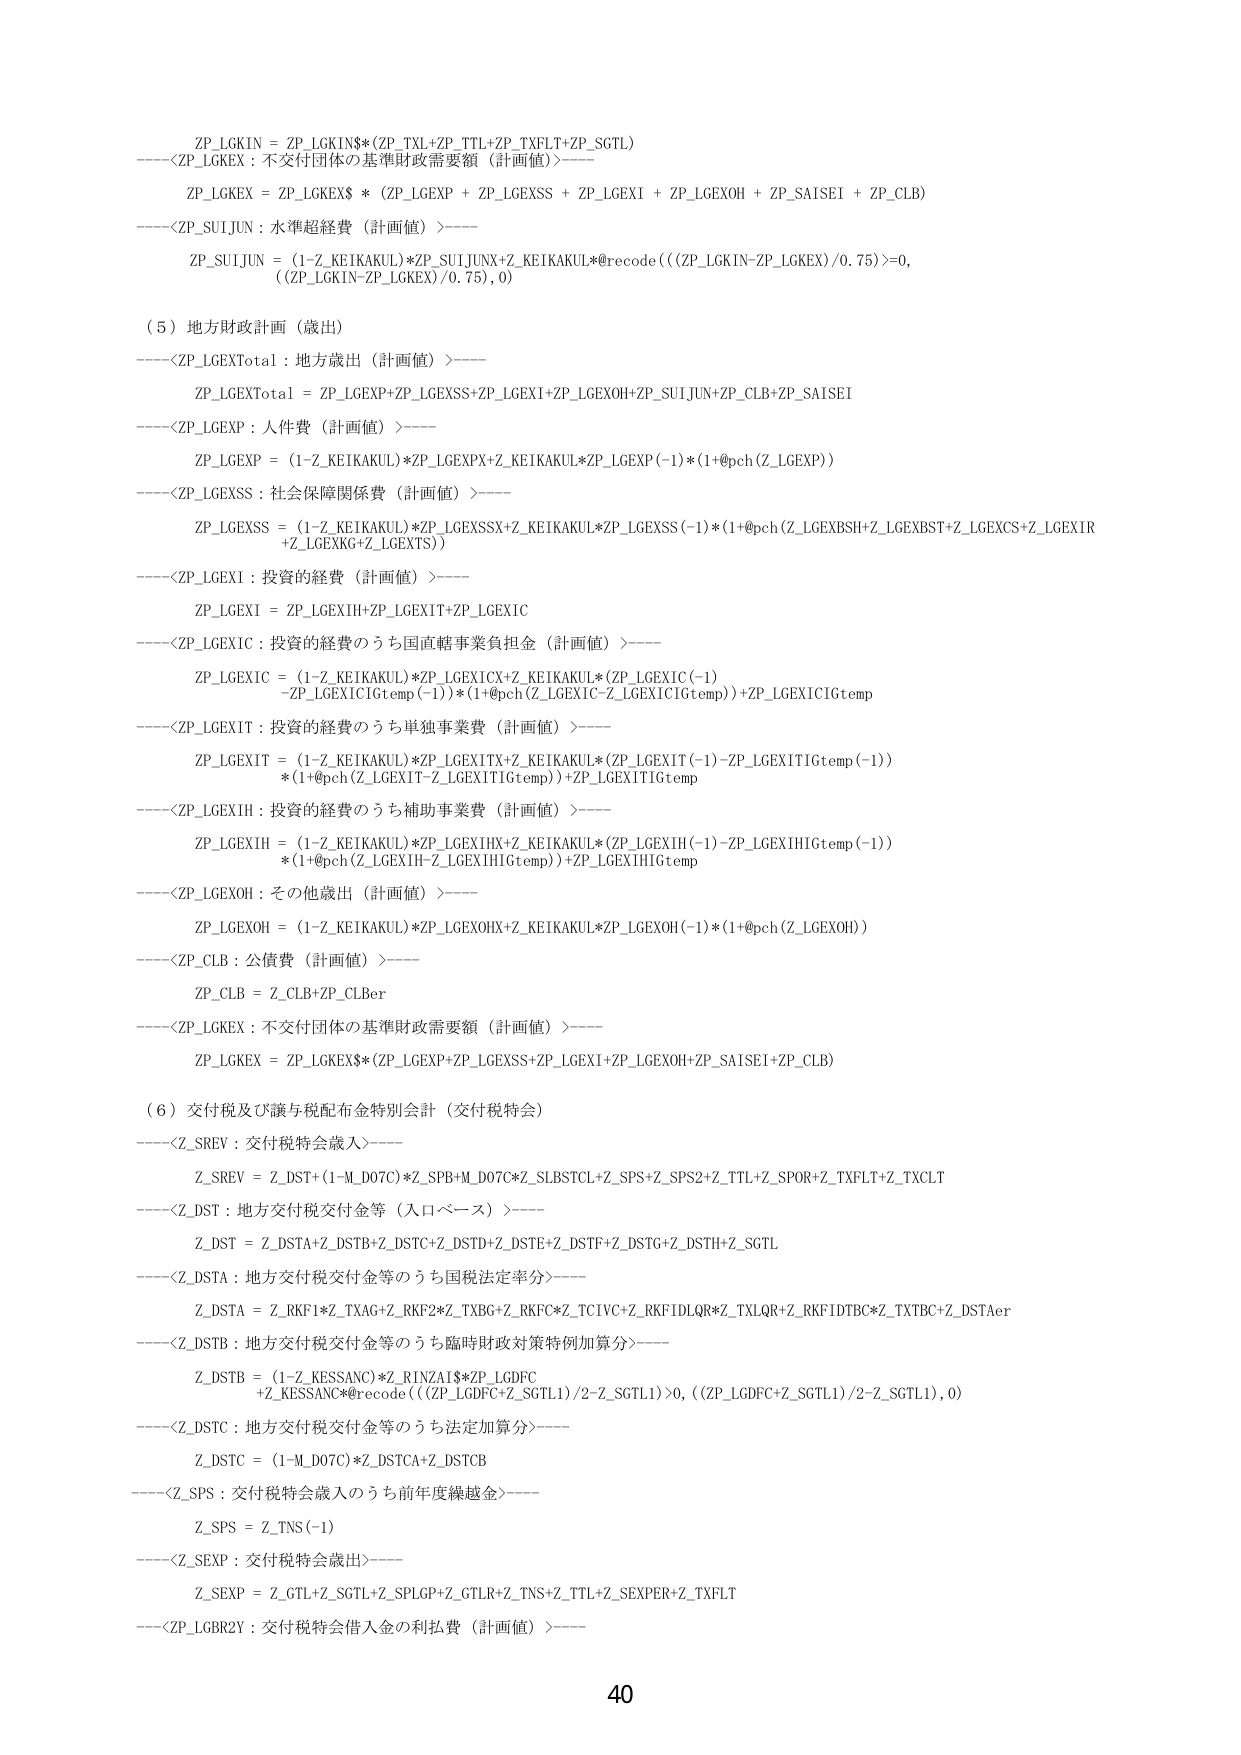
ZP_LGKIN = ZP_LGKIN$(ZP_TXL+ZP_TTL+ZP_TXFLT+ZP_SGTL)
----<ZP_LGKEX : 不交付団体の基準財政需要額（計画値）>----
ZP_LGKEX = ZP_LGKEX$ * (ZP_LGEXP + ZP_LGEXSS + ZP_LGEXI + ZP_LGEXOH + ZP_SAISEI + ZP_CLB)
----<ZP_SUIJUN : 水準超経費（計画値）>----
ZP_SUIJUN = (1-Z_KEIKAKUL)*ZP_SUIJUNX+Z_KEIKAKUL*@recode(((ZP_LGKIN-ZP_LGKEX)/0.75)>=0, ((ZP_LGKIN-ZP_LGKEX)/0.75), 0)

（5）地方財政計画（歳出）
----<ZP_LGEXTotal : 地方歳出（計画値）>----
ZP_LGEXTotal = ZP_LGEXP+ZP_LGEXSS+ZP_LGEXI+ZP_LGEXOH+ZP_SUIJUN+ZP_CLB+ZP_SAISEI
----<ZP_LGEXP : 人件費（計画値）>----
ZP_LGEXP = (1-Z_KEIKAKUL)*ZP_LGEXPX+Z_KEIKAKUL*ZP_LGEXP(-1)*(1+@pch(Z_LGEXP))
----<ZP_LGEXSS : 社会保障関係費（計画値）>----
ZP_LGEXSS = (1-Z_KEIKAKUL)*ZP_LGEXSSX+Z_KEIKAKUL*ZP_LGEXSS(-1)*(1+@pch(Z_LGEXBSH+Z_LGEXBST+Z_LGEXCS+Z_LGEXIR +Z_LGEXKG+Z_LGEXTS))
----<ZP_LGEXI : 投資の経費（計画値）>----
ZP_LGEXI = ZP_LGEXIH+ZP_LGEXIT+ZP_LGEXIC
----<ZP_LGEXIC : 投資の経費のうち国直轄事業負担金（計画値）>----
ZP_LGEXIC = (1-Z_KEIKAKUL)*ZP_LGEXICX+Z_KEIKAKUL*(ZP_LGEXIC(-1) -ZP_LGEXICIGtemp(-1))*(1+@pch(Z_LGEXIC-Z_LGEXICIGtemp))+ZP_LGEXICIGtemp
----<ZP_LGEXIT : 投資の経費のうち単独事業費（計画値）>----
ZP_LGEXIT = (1-Z_KEIKAKUL)*ZP_LGEXITX+Z_KEIKAKUL*(ZP_LGEXIT(-1)-ZP_LGEXITIGtemp(-1)) *(1+@pch(Z_LGEXIT-Z_LGEXITIGtemp))+ZP_LGEXITIGtemp
----<ZP_LGEXIH : 投資の経費のうち補助事業費（計画値）>----
ZP_LGEXIH = (1-Z_KEIKAKUL)*ZP_LGEXIHX+Z_KEIKAKUL*(ZP_LGEXIH(-1)-ZP_LGEXIHIGtemp(-1)) *(1+@pch(Z_LGEXIH-Z_LGEXIHIGtemp))+ZP_LGEXIHIGtemp
----<ZP_LGEXOH : その他歳出（計画値）>----
ZP_LGEXOH = (1-Z_KEIKAKUL)*ZP_LGEXOHX+Z_KEIKAKUL*ZP_LGEXOH(-1)*(1+@pch(Z_LGEXOH))
----<ZP_CLB : 公債費（計画値）>----
ZP_CLB = Z_CLB+ZP_CLBer
----<ZP_LGKEX : 不交付団体の基準財政需要額（計画値）>----
ZP_LGKEX = ZP_LGKEX$(ZP_LGEXP+ZP_LGEXSS+ZP_LGEXI+ZP_LGEXOH+ZP_SAISEI+ZP_CLB)

（6）交付税及び譲与税配布金特別会計（交付税特会）
----<Z_SREV : 交付税特会歳入>----
Z_SREV = Z_DST+(1-M_D07C)*Z_SPB+M_D07C*Z_SLBSTCL+Z_SPS+Z_SPS2+Z_TTL+Z_SPOR+Z_TXFLT+Z_TXCLT
----<Z_DST : 地方交付税交付金等（人口ベース）>----
Z_DST = Z_DSTA+Z_DSTB+Z_DSTC+Z_DSTD+Z_DSTE+Z_DSTF+Z_DSTG+Z_DSTH+Z_SGTL
----<Z_DSTA : 地方交付税交付金等のうち国税法定率分>----
Z_DSTA = Z_RKF1*Z_TXAG+Z_RKF2*Z_TXBG+Z_RKFC*Z_TCIVC+Z_RKFIDLQR*Z_TXLQR+Z_RKFIDTBC*Z_TXTBC+Z_DSTAer
----<Z_DSTB : 地方交付税交付金等のうち臨時財政対策特例加算分>----
Z_DSTB = (1-Z_KESSANC)*Z_RINZAI$*ZP_LGDFC +Z_KESSANC*@recode(((ZP_LGDFC+Z_SGTL1)/2-Z_SGTL1)>=0, ((ZP_LGDFC+Z_SGTL1)/2-Z_SGTL1), 0)
----<Z_DSTC : 地方交付税交付金等のうち法定加算分>----
Z_DSTC = (1-M_D07C)*Z_DSTCA+Z_DSTCB
----<Z_SPS : 交付税特会歳入のうち前年度繰越金>----
Z_SPS = Z_TNS(-1)
----<Z_SEXP : 交付税特会歳出>----
Z_SEXP = Z_GTL+Z_SGTL+Z_SPLGP+Z_GTLLR+Z_TNS+Z_TTL+Z_SEXPER+Z_TXFLT
----<ZP_LGBRZY : 交付税特会借入金の利払費（計画値）>----

40